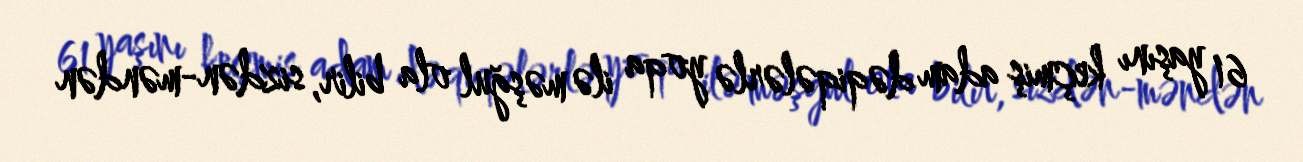
61 yaşını keçmiş adam dəqiqələrlə yoqa ilə məşğul ola bilir, sizdən-məndən